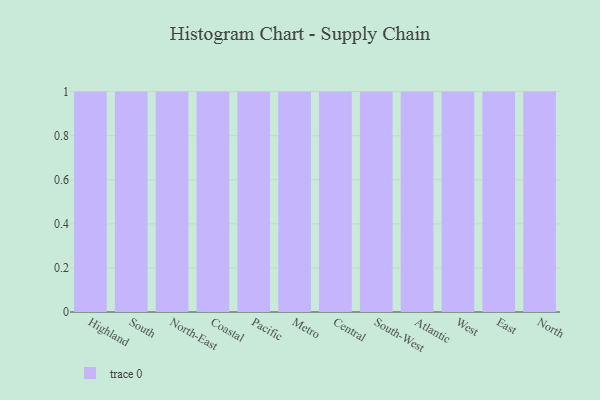
{"axis": {"x": "Region", "y": "Bounce Rate (%)"}, "legend": [""], "data": [{"x": "Highland", "y": 1, "type": ""}, {"x": "South", "y": 64, "type": ""}, {"x": "North-East", "y": 78, "type": ""}, {"x": "Coastal", "y": 48, "type": ""}, {"x": "Pacific", "y": 19, "type": ""}, {"x": "Metro", "y": 10, "type": ""}, {"x": "Central", "y": 28, "type": ""}, {"x": "South-West", "y": 60, "type": ""}, {"x": "Atlantic", "y": 10, "type": ""}, {"x": "West", "y": 8, "type": ""}, {"x": "East", "y": 81, "type": ""}, {"x": "North", "y": 49, "type": ""}]}